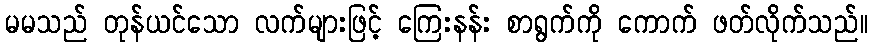
မမသည် တုန်ယင်သော လက်များဖြင့် ကြေးနန်း စာရွက်ကို ကောက် ဖတ်လိုက်သည်။